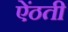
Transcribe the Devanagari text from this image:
ऐंठती